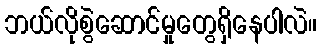
ဘယ်လိုစွဲဆောင်မှုတွေရှိနေပါလဲ။